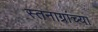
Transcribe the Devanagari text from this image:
स्तनाग्रांच्या